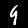
Label: 9